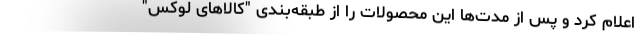
اعلام کرد و پس از مدت‌ها این محصولات را از طبقه‌بندی "کالاهای لوکس"